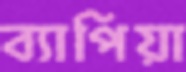
ব্যাপিয়া